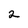
Character: 2